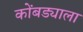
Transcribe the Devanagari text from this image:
कोंबड्याला